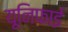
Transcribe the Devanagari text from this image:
यूनिफाई